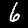
Digit: 6